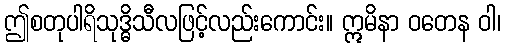
ဤစတုပါရိသုဒ္ဓိသီလဖြင့်လည်းကောင်း။ ဣမိနာ ဝတေန ဝါ၊